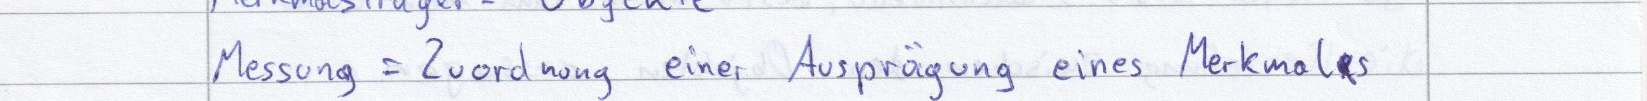
Messung = Zuordnung einer Ausprägung eines Merkmales